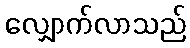
လျှောက်လာသည်